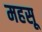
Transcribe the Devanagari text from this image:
महसू